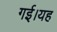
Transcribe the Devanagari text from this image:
गई।यह